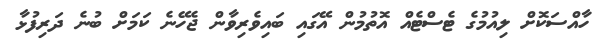
ހާއްސަކޮށް ލިއުމުގެ ޓެސްޓެއް އޮތުމުން އޭގައި ބައިވެރިވާން ޖެހޭނެ ކަމަށް ބުނެ ދަރިފުޅާ